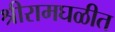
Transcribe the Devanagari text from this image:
श्रीरामघळीत